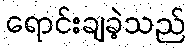
ရောင်းချခဲ့သည်